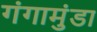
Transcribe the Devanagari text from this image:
गंगामुंडा